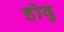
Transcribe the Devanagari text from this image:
होवु